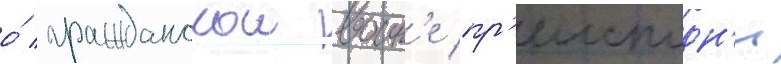
о́ гражданскои воин'е пр'еисподн'и